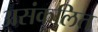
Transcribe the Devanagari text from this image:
असंकलित